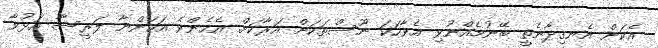
އެކަން އެނގިދާނެތީ ބޭނުމެއްނުވި އެވާހަކަ ނޫސްތަކަށް އަރާކަށް. އެހެންވެ އަހަންނާ ލަރީސާ އަޅުވާ